Civil Veterinary Dept. Bombay admin report 1907-1913 - 1907-1913
Year: 1907
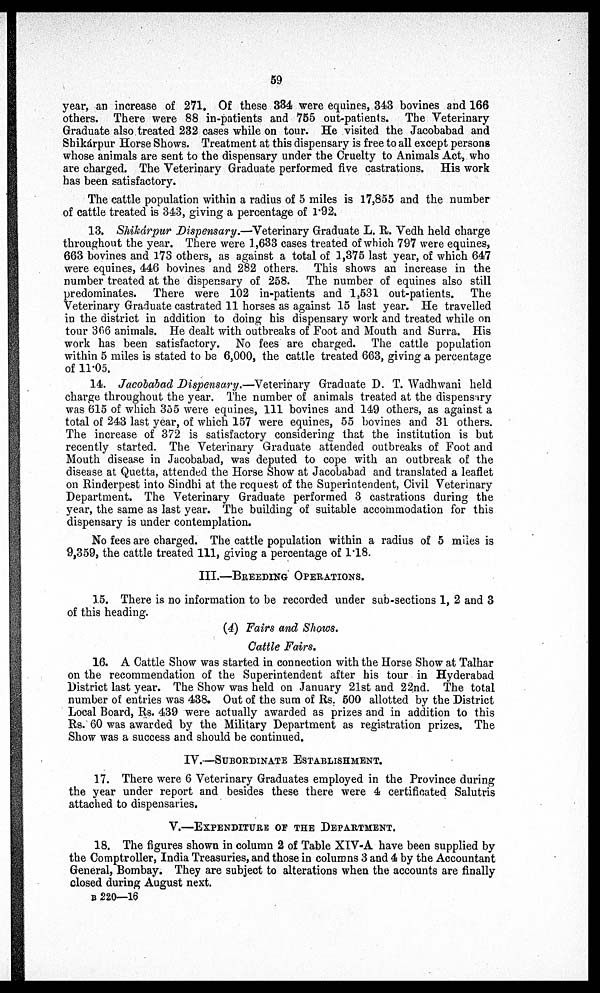
59
year, an increase of 271. Of these 334 were equines, 343 bovines and 166
others. There were 88 in-patients and 755 out-patients. The Veterinary-
Graduate also treated 232 cases while on tour. He visited the Jacobabad and
Shikárpur Horse Shows. Treatment at this dispensary is free to all except persons
whose animals are sent to the dispensary under the Cruelty to Animals Act, who
are charged. The Veterinary Graduate performed five castrations. His work
has been satisfactory.
The cattle population within a radius of 5 miles is 17,855 and the number
of cattle treated is 343, giving a percentage of 1.92.
13. Shikárpur Dispensary.—Veterinary Graduate L. R. Vedh held charge
throughout the year. There were 1,633 cases treated of which 797 were equines,
663 bovines and 173 others, as against a total of 1,375 last year, of which 647
were equines, 446 bovines and 282 others. This shows an increase in the
number treated at the dispensary of 258. The number of equines also still
predominates. There were 102 in-patients and 1,631 out-patients. The
Veterinary Graduate castrated 11 horses as against 15 last year. He travelled
in the district in addition to doing his dispensary work and treated while on
tour 366 animals. He dealt with outbreaks of Foot and Mouth and Surra. His
work has been satisfactory. No fees are charged. The cattle population
within 5 miles is stated to be 6,000, the cattle treated 663, giving a percentage
of 11.05.
14. Jacobabad Dispensary.—Veterinary Graduate D. T. Wadhwani held
charge throughout the year. The number of animals treated at the dispensary
was 615 of which 355 were equines, 111 bovines and 149 others, as against a
total of 243 last year, of which 157 were equines, 55 bovines and 31 others.
The increase of 372 is satisfactory considering that the institution is but
recently started. The Veterinary Graduate attended outbreaks of Foot and
Mouth disease in Jacobabad, was deputed to cope with an outbreak of the
disease at Quetta, attended the Horse Show at Jacobabad and translated a leaflet
on Rinderpest into Sindhi at the request of the Superintendent, Civil Veterinary
Department. The Veterinary Graduate performed 3 castrations during the
year, the same as last year. The building of suitable accommodation for this
dispensary is under contemplation.
No fees are charged. The cattle population within a radius of 5 miles is
9,359, the cattle treated 111, giving a percentage of 1.18.
III.—BREEDING OPERATIONS.
15. There is no information to be recorded under sab-sections 1, 2 and 3
of this heading.
(4) Fairs and Shows.
Cattle Fairs.
16. A Cattle Show was started in connection with the Horse Show at Talhar
on the recommendation of the Superintendent after his tour in Hyderabad
District last year. The Show was held on January 21st and 22nd. The total
number of entries was 438. Out of the sum of Rs. 500 allotted by the District
Local Board, Rs. 439 were actually awarded as prizes and in addition to this
Rs. 60 was awarded by the Military Department as registration prizes. The
Show was a success and should be continued.
IV.—SUBORDINATE ESTABLISHMENT.
17. There were 6 Veterinary Graduates employed in the Province during
the year under report and besides these there were 4 certificated Salutris
attached to dispensaries.
V.—EXPENDITURE OF THE DEPARTMENT.
18. The figures shown in column 2 of Table XIV-A have been supplied by
the Comptroller, India Treasuries, and those in columns 3 and 4 by the Accountant
General, Bombay. They are subject to alterations when the accounts are finally
closed during August next.
B 220—16